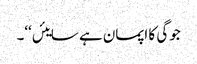
جوگی کا اپمان ہے سایئں‘‘۔